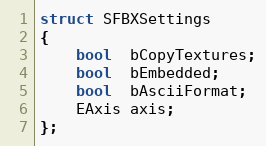
Language: C
struct SFBXSettings
{
	bool  bCopyTextures;
	bool  bEmbedded;
	bool  bAsciiFormat;
	EAxis axis;
};